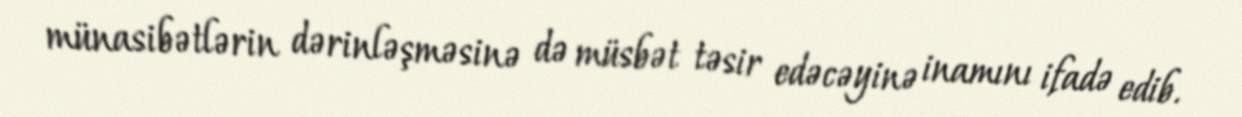
münasibətlərin dərinləşməsinə də müsbət təsir edəcəyinə inamını ifadə edib.